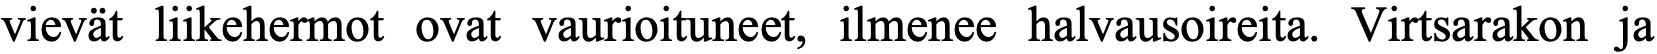
vievät liikehermot ovat vaurioituneet, ilmenee halvausoireita. Virtsarakon ja